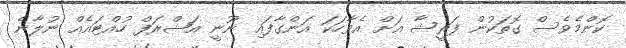
ކޮންމެވެސް ގޮތަކުން ފަރީޝާ އަށް އެވާހަކަ އަންގާފައި ނޫނީ އަޝްރަފް ހުއްޓައެއް ނުލާނެ